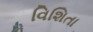
વિશિતા